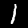
Digit: 1